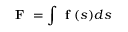
\textbf { F } = \int \textbf { f } ( s ) d s